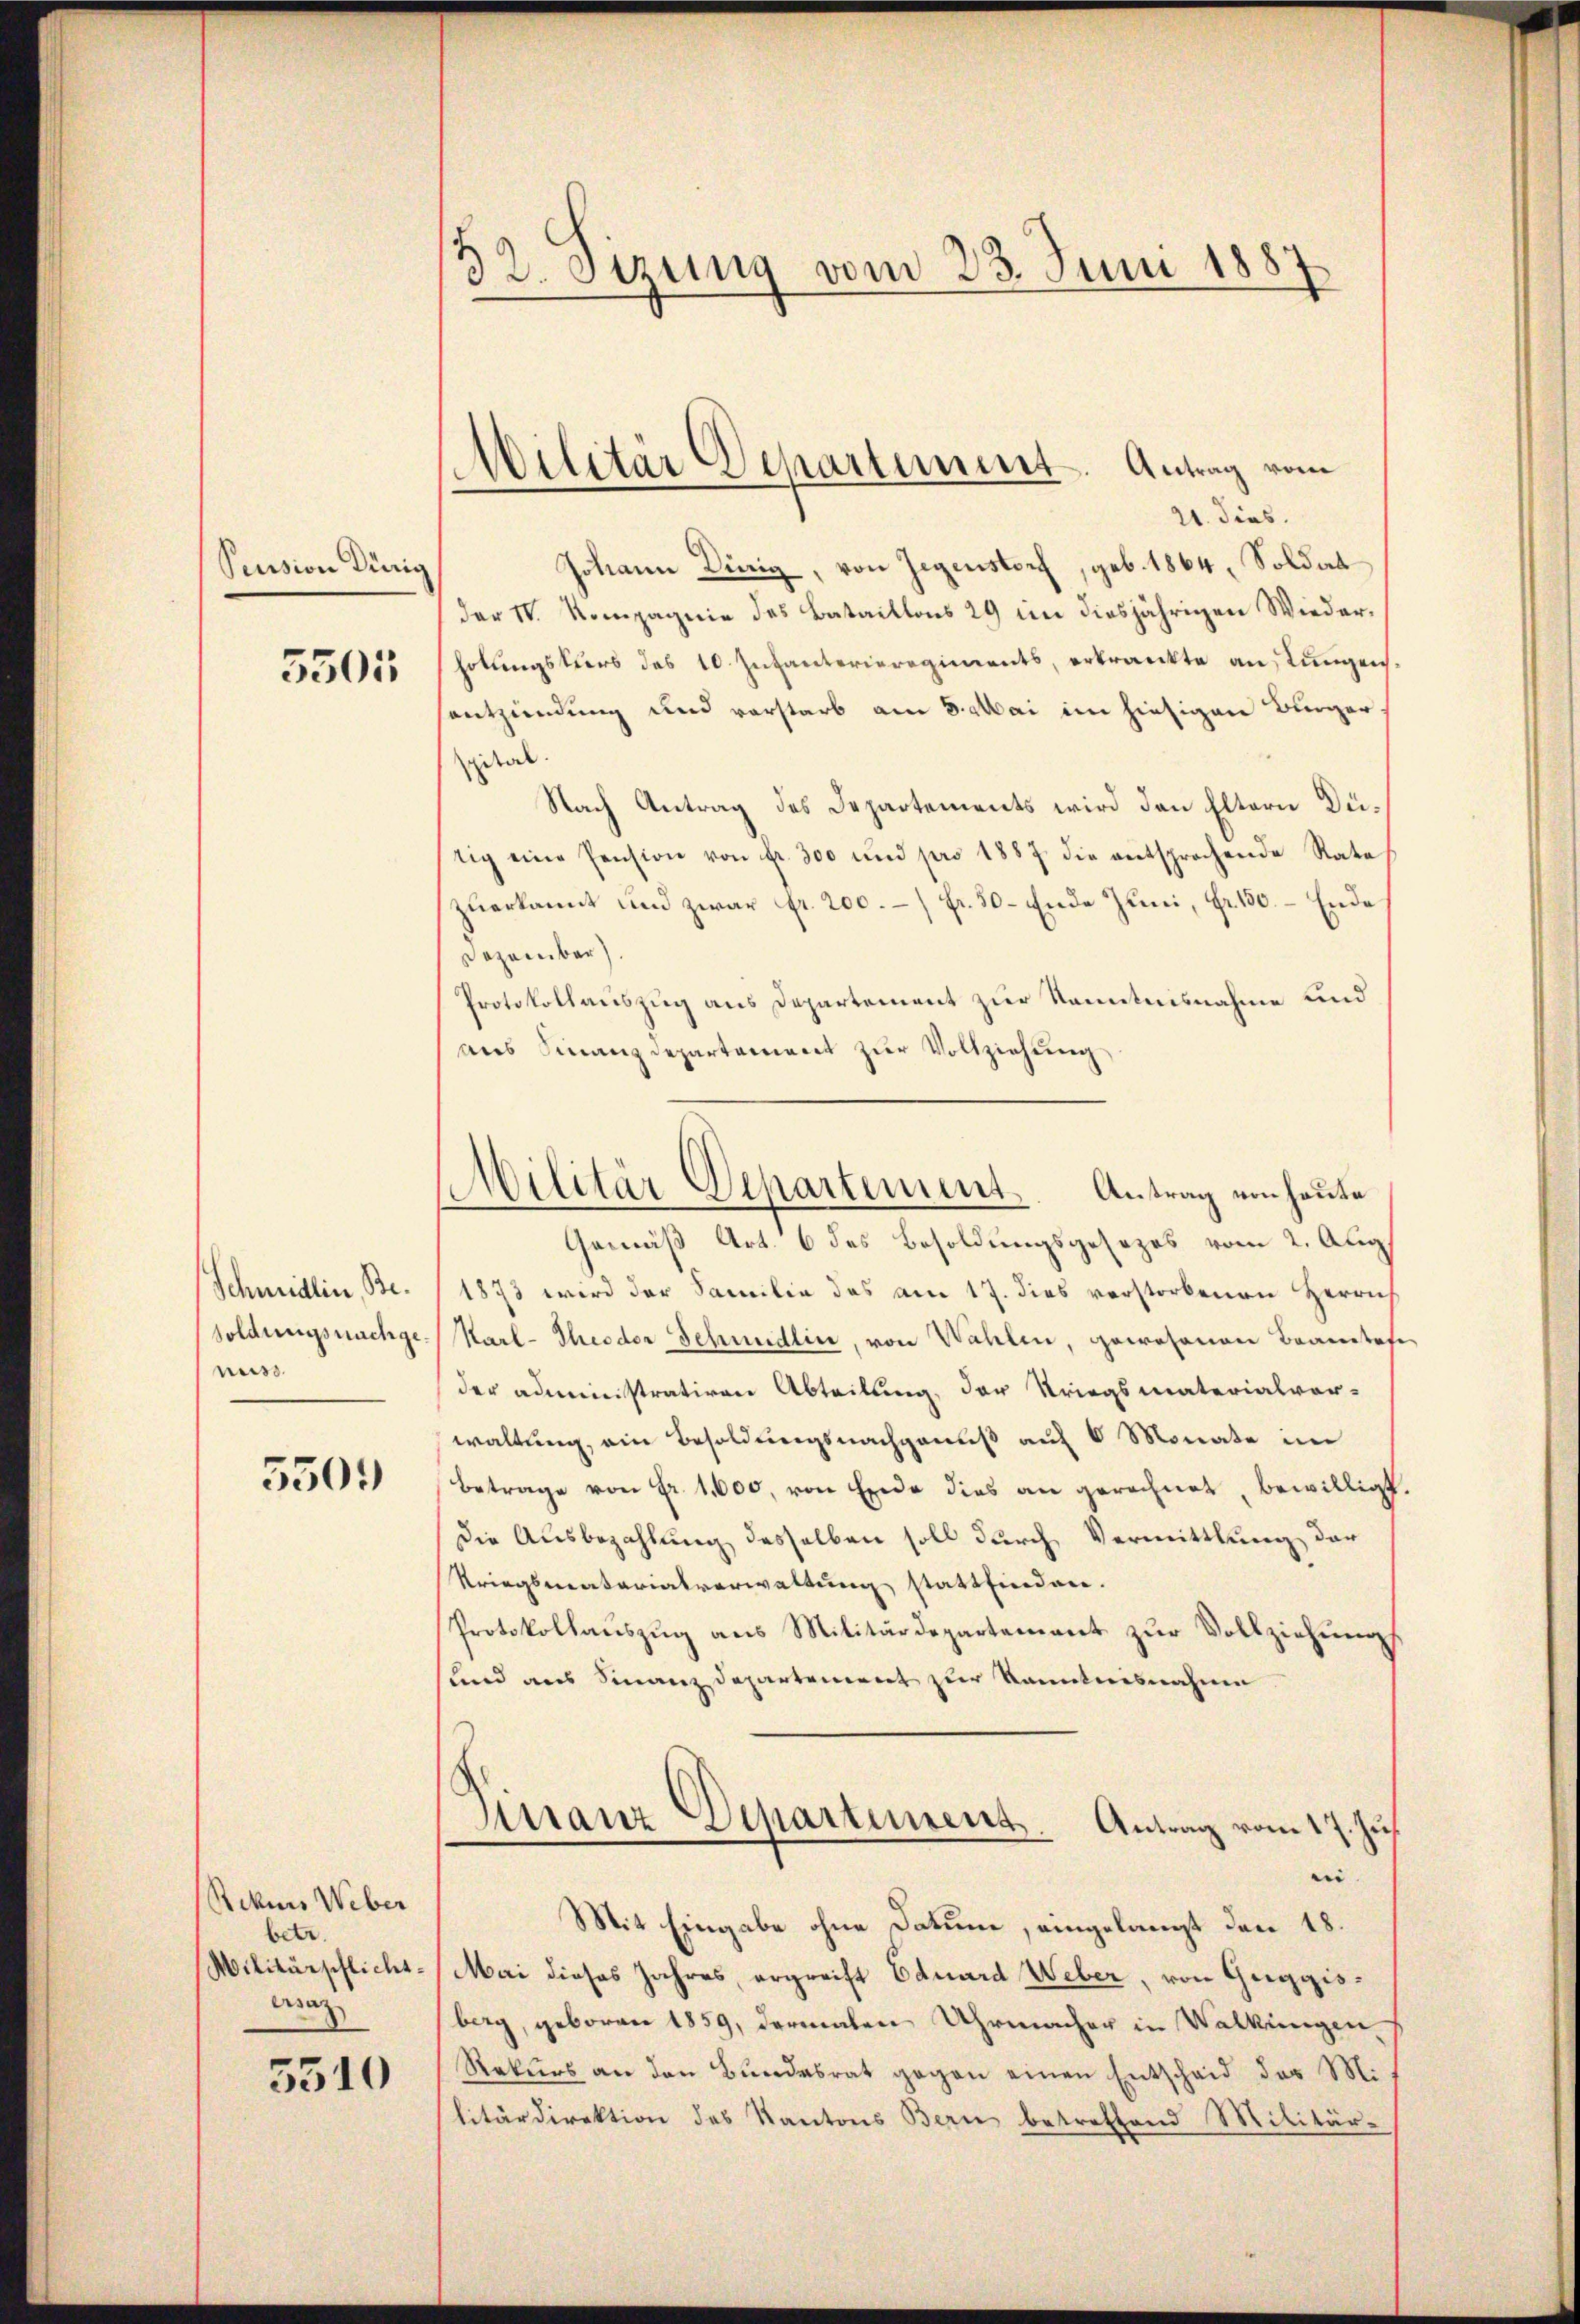
Pension Dürig

5501

Schmidlin, Besoldungsnachgenuss.

5501)

Rekurs Weber
betr.
Militärpflichs-
Craz

5510

32. Sizung vom 23. Juni 1887

Militär Departement. Antrag vom
21. dies

¬
Militär Departement. Antrag von heute

Johann Dirig, von Gegenstorf, geb. 1864, Soldat
der IV. Kompagnie des Bataillons 29 in diesjährigen Wiederholungskurs des 10. Infanterieregiments, erkrankte an Lungen.
entzündung und vorstarb am 3. Mai im hiesigen Bürger
gital
Nach Antrag des Departements wird den Eltern Dütig eine Pension von Fr. 300 und pro 1887 die entsprochende Rata
zŭerkannt und zwar fr. 200. Fr. 50. Ende Juni, Fr. 150. Ende
Dezember
Protokollauszug aus Departement zur Kenntnisnahme und
aus Finanzdepartement zur Vollziehung
Gemäß Art. 6 des Besoldungsgesezes vom 2. Aug.
1873 wird der Familie das am 17. dies verstorbenen Herrn
Karl-Theodor Schmidlin, von Wahlen, gewesenen Beamtafe
der administrativen Abteilung, der Kriegsmaterialvor-
waltung, ein Besoldungsnachgenuß auf 6 Monate im
Betrage von Fr. 1000, von Ende dies an gerechnet, bewilligt
Die Ausbezahlung desselben soll durch Vermittlung der
Kriegsmaterialverwaltung stattfinden.
Protokollaŭszŭg ans Militärdepartement zŭr Vollziehŭngs
sund aus Finanz Departement zur kanntnisnahme
Finanz Departement. Antrag vom 17. Jus
i
Mit Eingabe ohne Datum, eingelangt den 18.
Mai dieses Jahres, ergreift Eduard Weber, von Geggisberg, geboren 1859, dermalen Uhrmacher in Walkungen
Rekurs an den Bundesrat gegen einen Entscheid der Militärdirektion des Kantons Bern betreffend Militär-